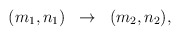
\begin{align*}\begin{array}{lcr}(m_1,n_1)&\rightarrow&(m_2, n_2) ,\end{array}\end{align*}